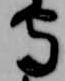
守